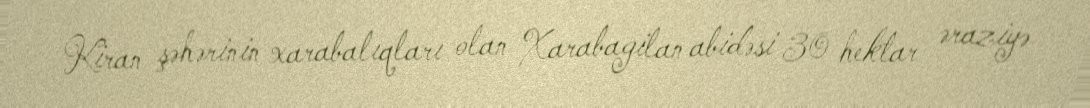
Kiran şəhərinin xarabalıqları olan Xarabagilan abidəsi 30 hektar əraziyə